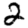
Digit: 2